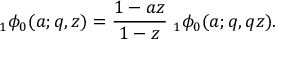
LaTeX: \; _ { 1 } \phi _ { 0 } ( a ; q , z ) = { \frac { 1 - a z } { 1 - z } } \; _ { 1 } \phi _ { 0 } ( a ; q , q z ) .